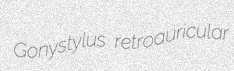
Gonystylus retroauricular